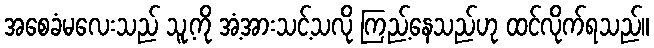
အစေခံမလေးသည် သူ့ကို အံ့အားသင့်သလို ကြည့်နေသည်ဟု ထင်လိုက်ရသည်။